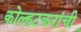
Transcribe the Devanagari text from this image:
कोल्हटकरांची